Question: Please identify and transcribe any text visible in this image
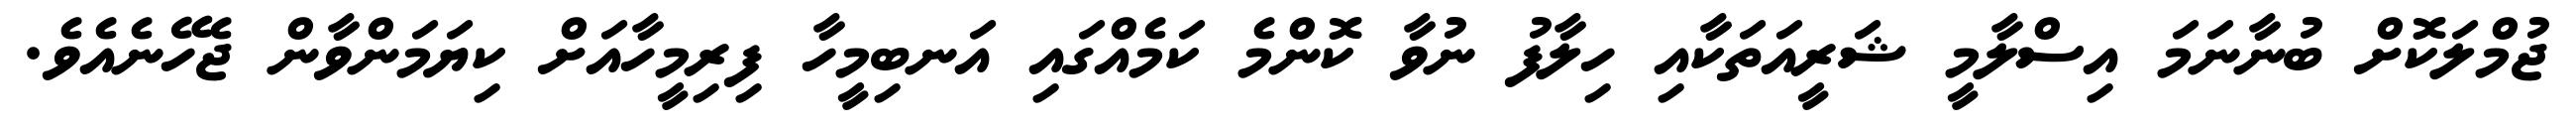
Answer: ޖުމްލަކޮށް ބުނާނަމަ އިސްލާމީ ޝަރީއަތަކާއި ހިލާފު ނުވާ ކޮންމެ ކަމެއްގައި އަނބިމީހާ ފިރިމީހާއަށް ކިޔަމަންވާން ޖެހޭނެއެވެ.